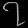
Digit: ၇